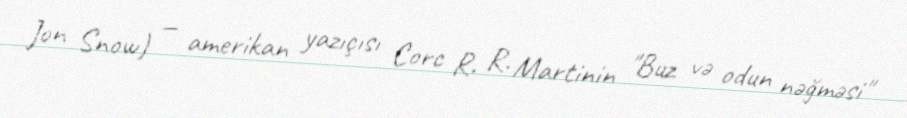
Jon Snow) — amerikan yazıçısı Corc R. R. Martinin "Buz və odun nəğməsi"